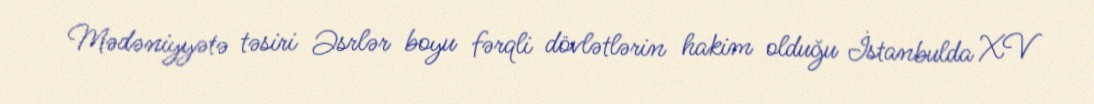
Mədəniyyətə təsiri Əsrlər boyu fərqli dövlətlərin hakim olduğu İstanbulda XV